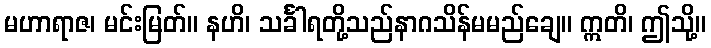
မဟာရာဇ၊ မင်းမြတ်။ နဟိ၊ သင်္ခါရတို့သည်နာဂသိန်မမည်ချေ။ ဣတိ၊ ဤသို့။